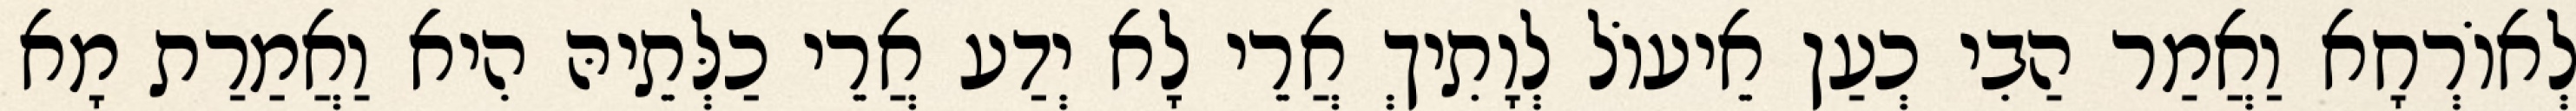
לְאוֹרְחָא וַאֲמַר הַבִי כְעַן אֵיעוֹל לְוָתִיךְ אֲרֵי לָא יְדַע אֲרֵי כַלְּתֵיהּ הִיא וַאֲמַרַת מָא